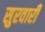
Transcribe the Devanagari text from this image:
सुरवारी